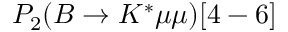
P _ { 2 } ( B \to K ^ { * } \mu \mu ) [ 4 - 6 ]